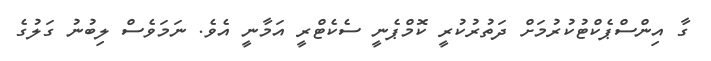
ގާ އިންސްޕެކްޓުކުރުމަށް ދަތުރުކުރީ ކޮމްޕެނީ ސެކެޓްރީ އަމާނީ އެވެ. ނަމަވެސް ލިބުނު ގަލުގެ